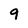
Character: 9